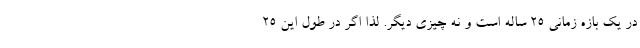
در یک بازه زمانی 25 ساله است و نه چیزی دیگر. لذا اگر در طول این 25